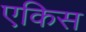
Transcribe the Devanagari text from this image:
एकिस